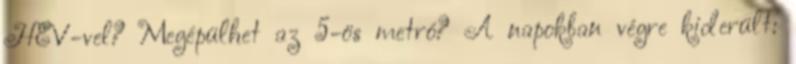
HÉV-vel? Megépülhet az 5-ös metró? A napokban végre kiderült: